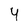
Character: 4